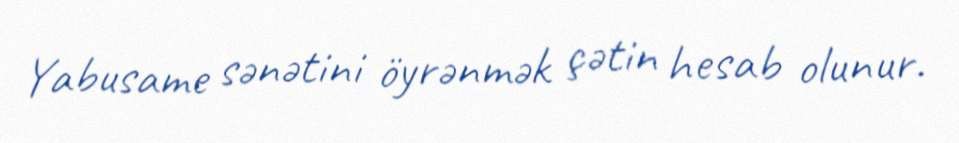
Yabusame sənətini öyrənmək çətin hesab olunur.